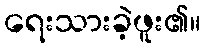
ရေးသားခဲ့ဖူး၏။